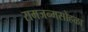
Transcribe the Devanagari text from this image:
रामजन्मसोहळा